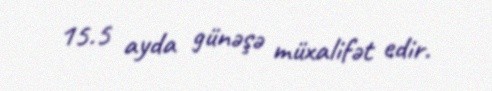
15.5 ayda günəşə müxalifət edir.